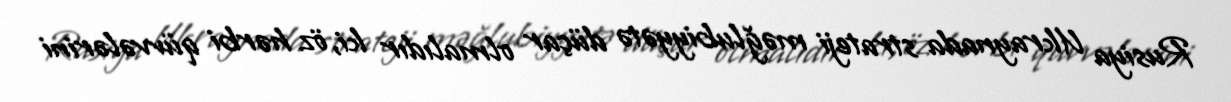
Rusiya Ukraynada strateji məğlubiyyətə düçar olmalıdır ki, öz hərbi qüvvələrini